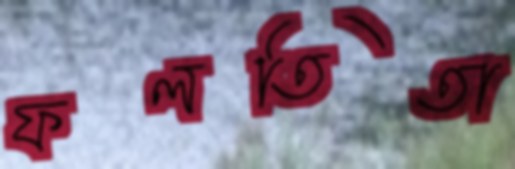
ফলতিতা